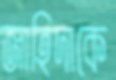
জাহিদাকে